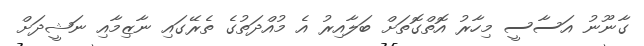
ގާނޫނު އަސާސީ މިހާރު އޮތްގޮތަށް ބަލާއިރު އެ މުއްދަތުގެ ތެރޭގައި ނާޒިމާއި ނަޝީދަށް